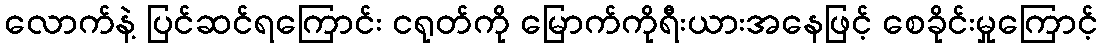
လောက်နဲ့ ပြင်ဆင်ရကြောင်း ငရုတ်ကို မြောက်ကိုရီးယားအနေဖြင့် စေခိုင်းမှုကြောင့်